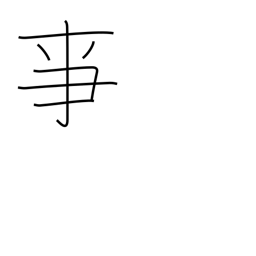
Meaning: to serve